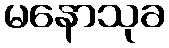
မနောသုခ